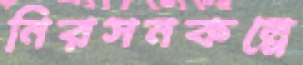
নিরসনকল্পে